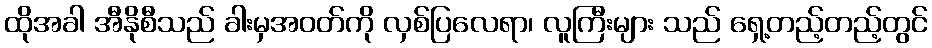
ထိုအခါ အီနိုစီသည် ခါးမှအဝတ်ကို လှစ်ပြလေရာ၊ လူကြီးများ သည် ရှေ့တည့်တည့်တွင်